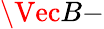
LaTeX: \Vec{B}-